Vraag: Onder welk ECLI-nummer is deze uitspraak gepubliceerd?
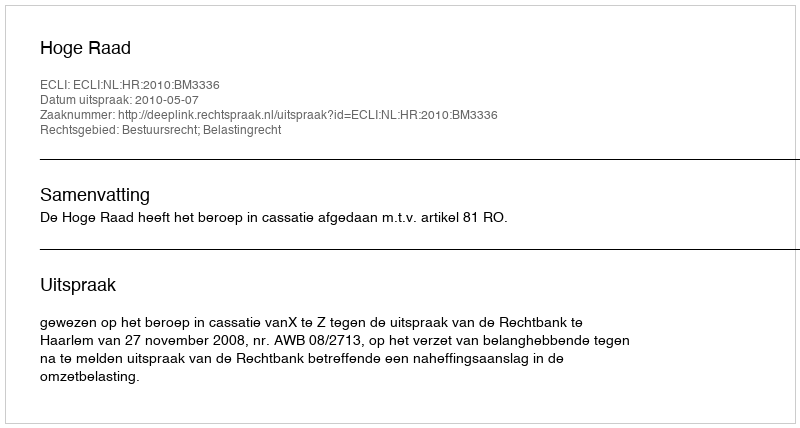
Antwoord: ECLI:NL:HR:2010:BM3336